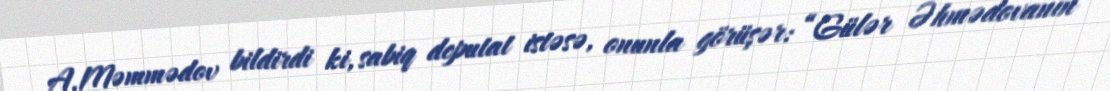
A.Məmmədov bildirdi ki, sabiq deputat istəsə, onunla görüşər: “Gülər Əhmədovanın